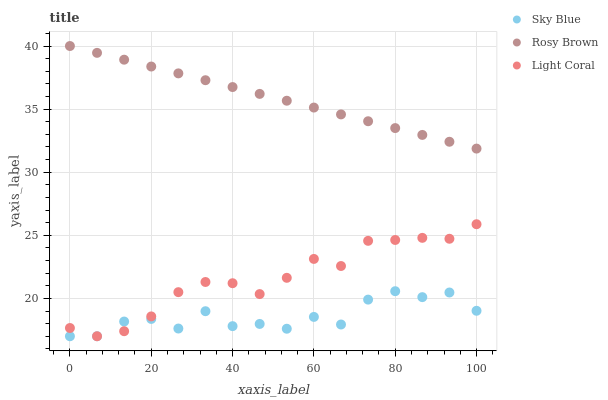
| xaxis_label | Sky Blue | Rosy Brown | Light Coral |
 | --- | --- | --- | --- |
 | 0 | 17 | 40 | 17.7 |
 | 6.67 | 17 | 39.5 | 17 |
 | 13.3 | 18.2 | 38.9 | 17.4 |
 | 20 | 18.4 | 38.4 | 18.6 |
 | 26.7 | 17.6 | 37.8 | 20.5 |
 | 33.3 | 19 | 37.3 | 21.3 |
 | 40 | 17.8 | 36.7 | 21.2 |
 | 46.7 | 18 | 36.2 | 20.3 |
 | 53.3 | 17.6 | 35.7 | 21.6 |
 | 60 | 18.5 | 35.1 | 23.1 |
 | 66.7 | 17.9 | 34.6 | 22.6 |
 | 73.3 | 19.9 | 34 | 24.6 |
 | 80 | 20.6 | 33.5 | 24.6 |
 | 86.7 | 20.1 | 33 | 24.8 |
 | 93.3 | 20.5 | 32.4 | 24.7 |
 | 100 | 19 | 31.9 | 25.9 |